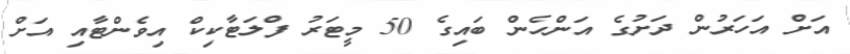
އަށް އަހަރުން ދަށުގެ އަންހެން ބައިގެ 50 މީޓަރު ފްލަޓާކިކް އިވެންޓާއި އަށް